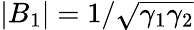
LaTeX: |B_{1}|=1/\sqrt{\gamma_{1}\gamma_{2}}